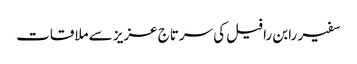
سفیر رابن رافیل کی سرتاج عزیز سے ملاقات